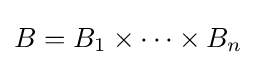
B=B_{1}\times \dots \times B_{n}